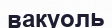
вакуоль